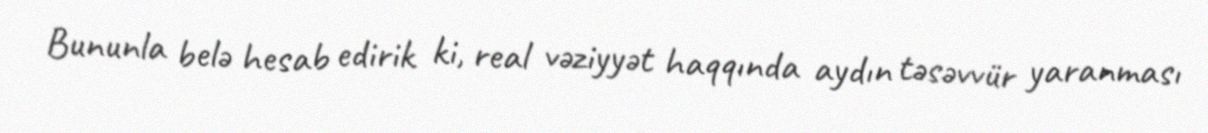
Bununla belə hesab edirik ki, real vəziyyət haqqında aydın təsəvvür yaranması